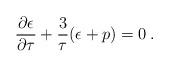
LaTeX: \begin{align*}\frac{ \partial \epsilon }{ \partial \tau } + \frac{3}{\tau}(\epsilon + p) = 0 \>.\end{align*}